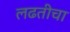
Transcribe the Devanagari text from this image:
लढतीचा